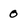
Character: 0